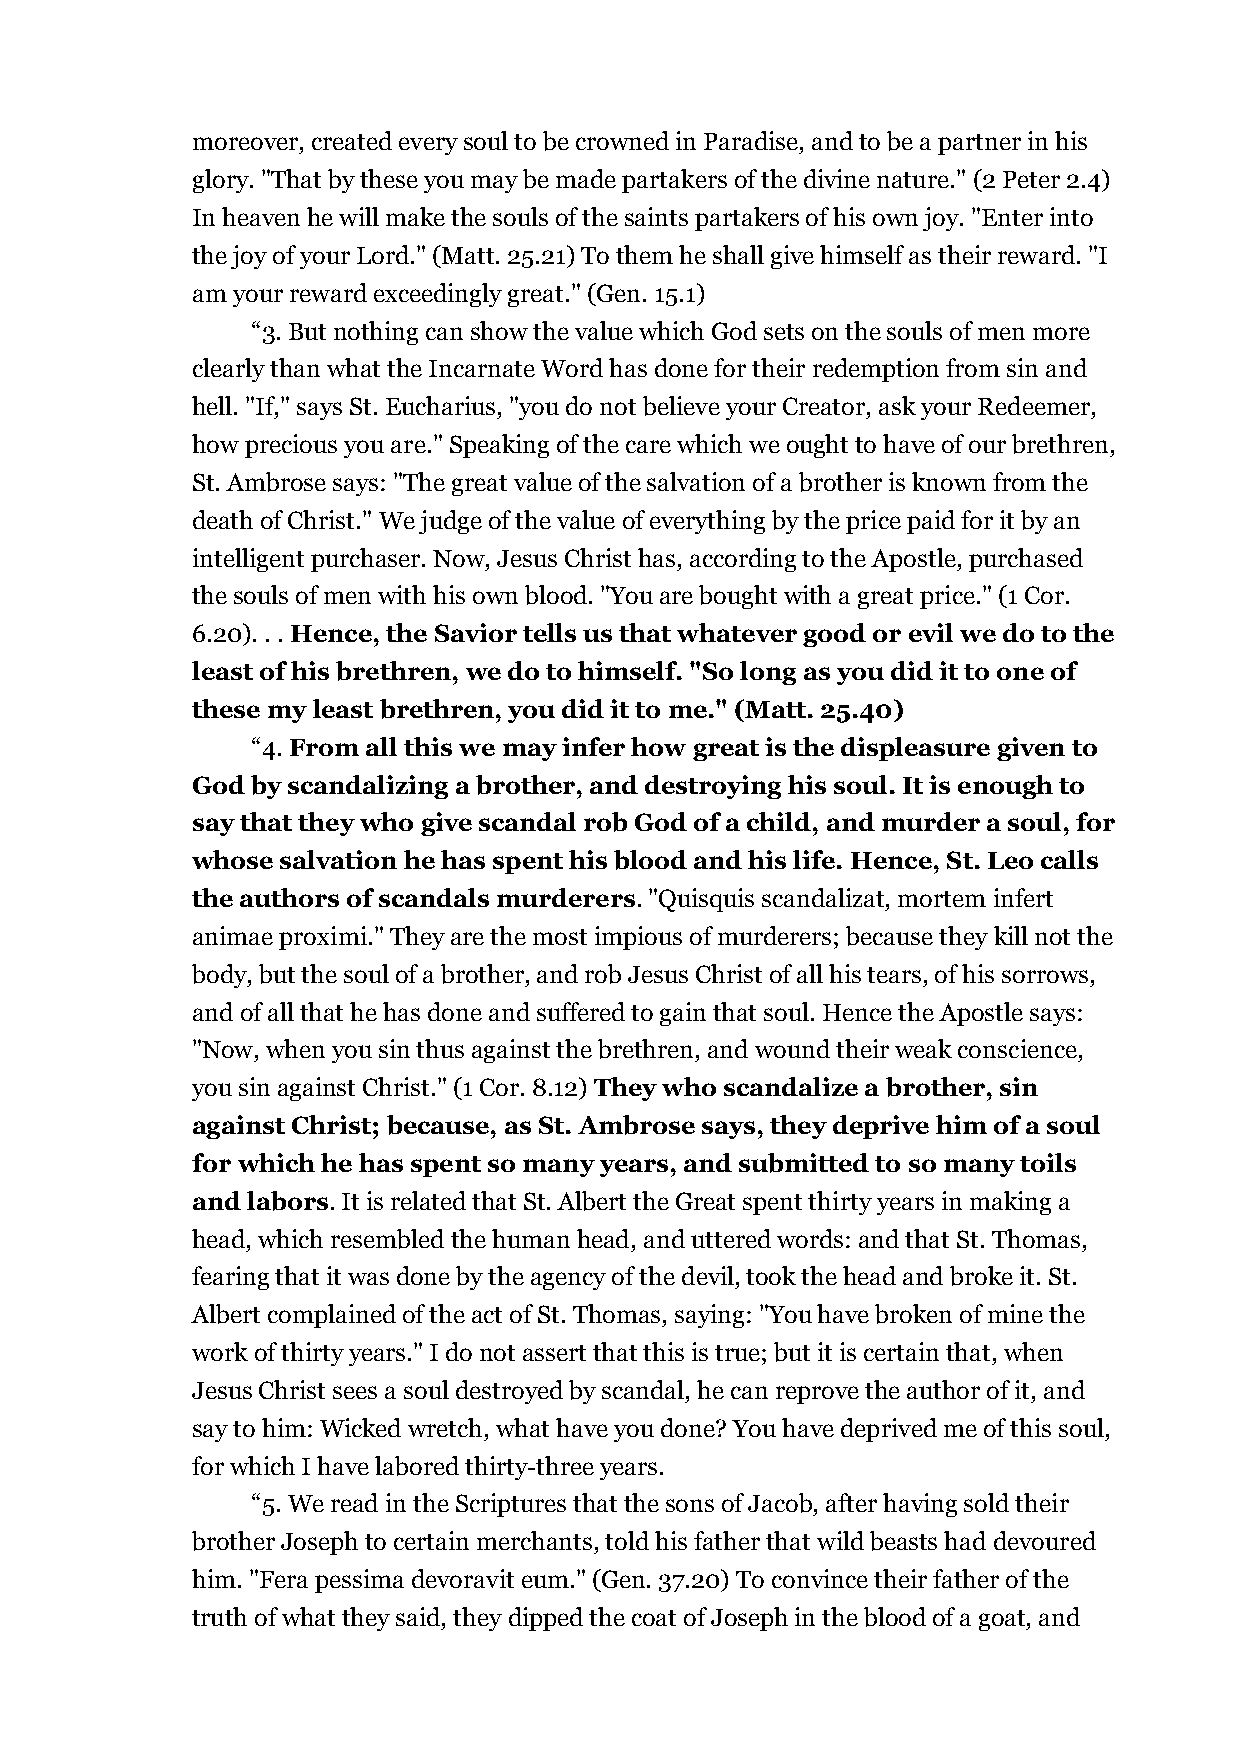
moreover, created every soul to be crowned in Paradise, and to be a partner in his
 glory. "That by these you may be made partakers of the divine nature." (2 Peter 2.4)
 In heaven he will make the souls of the saints partakers of his own joy. "Enter into
 the joy of your Lord." (Matt. 25.21) To them he shall give himself as their reward. "I
 am your reward exceedingly great." (Gen. 15.1)
 “3. But nothing can show the value which God sets on the souls of men more
 clearly than what the Incarnate Word has done for their redemption from sin and
 hell. "If," says St. Eucharius, "you do not believe your Creator, ask your Redeemer,
 how precious you are." Speaking of the care which we ought to have of our brethren,
 St. Ambrose says: "The great value of the salvation of a brother is known from the
 death of Christ." We judge of the value of everything by the price paid for it by an
 intelligent purchaser. Now, Jesus Christ has, according to the Apostle, purchased
 the souls of men with his own blood. "You are bought with a great price." (1 Cor.
 6.20). . . Hence, the Savior tells us that whatever good or evil we do to the
 least of his brethren, we do to himself. "So long as you did it to one of
 these my least brethren, you did it to me." (Matt. 25.40)
 “4. From all this we may infer how great is the displeasure given to
 God by scandalizing a brother, and destroying his soul. It is enough to
 say that they who give scandal rob God of a child, and murder a soul, for
 whose salvation he has spent his blood and his life. Hence, St. Leo calls
 the authors of scandals murderers. "Quisquis scandalizat, mortem infert
 animae proximi." They are the most impious of murderers; because they kill not the
 body, but the soul of a brother, and rob Jesus Christ of all his tears, of his sorrows,
 and of all that he has done and suffered to gain that soul. Hence the Apostle says:
 "Now, when you sin thus against the brethren, and wound their weak conscience,
 you sin against Christ." (1 Cor. 8.12) They who scandalize a brother, sin
 against Christ; because, as St. Ambrose says, they deprive him of a soul
 for which he has spent so many years, and submitted to so many toils
 and labors. It is related that St. Albert the Great spent thirty years in making a
 head, which resembled the human head, and uttered words: and that St. Thomas,
 fearing that it was done by the agency of the devil, took the head and broke it. St.
 Albert complained of the act of St. Thomas, saying: "You have broken of mine the
 work of thirty years." I do not assert that this is true; but it is certain that, when
 Jesus Christ sees a soul destroyed by scandal, he can reprove the author of it, and
 say to him: Wicked wretch, what have you done? You have deprived me of this soul,
 for which I have labored thirty-three years.
 “5. We read in the Scriptures that the sons of Jacob, after having sold their
 brother Joseph to certain merchants, told his father that wild beasts had devoured
 him. "Fera pessima devoravit eum." (Gen. 37.20) To convince their father of the
 truth of what they said, they dipped the coat of Joseph in the blood of a goat, and